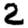
Digit: 2